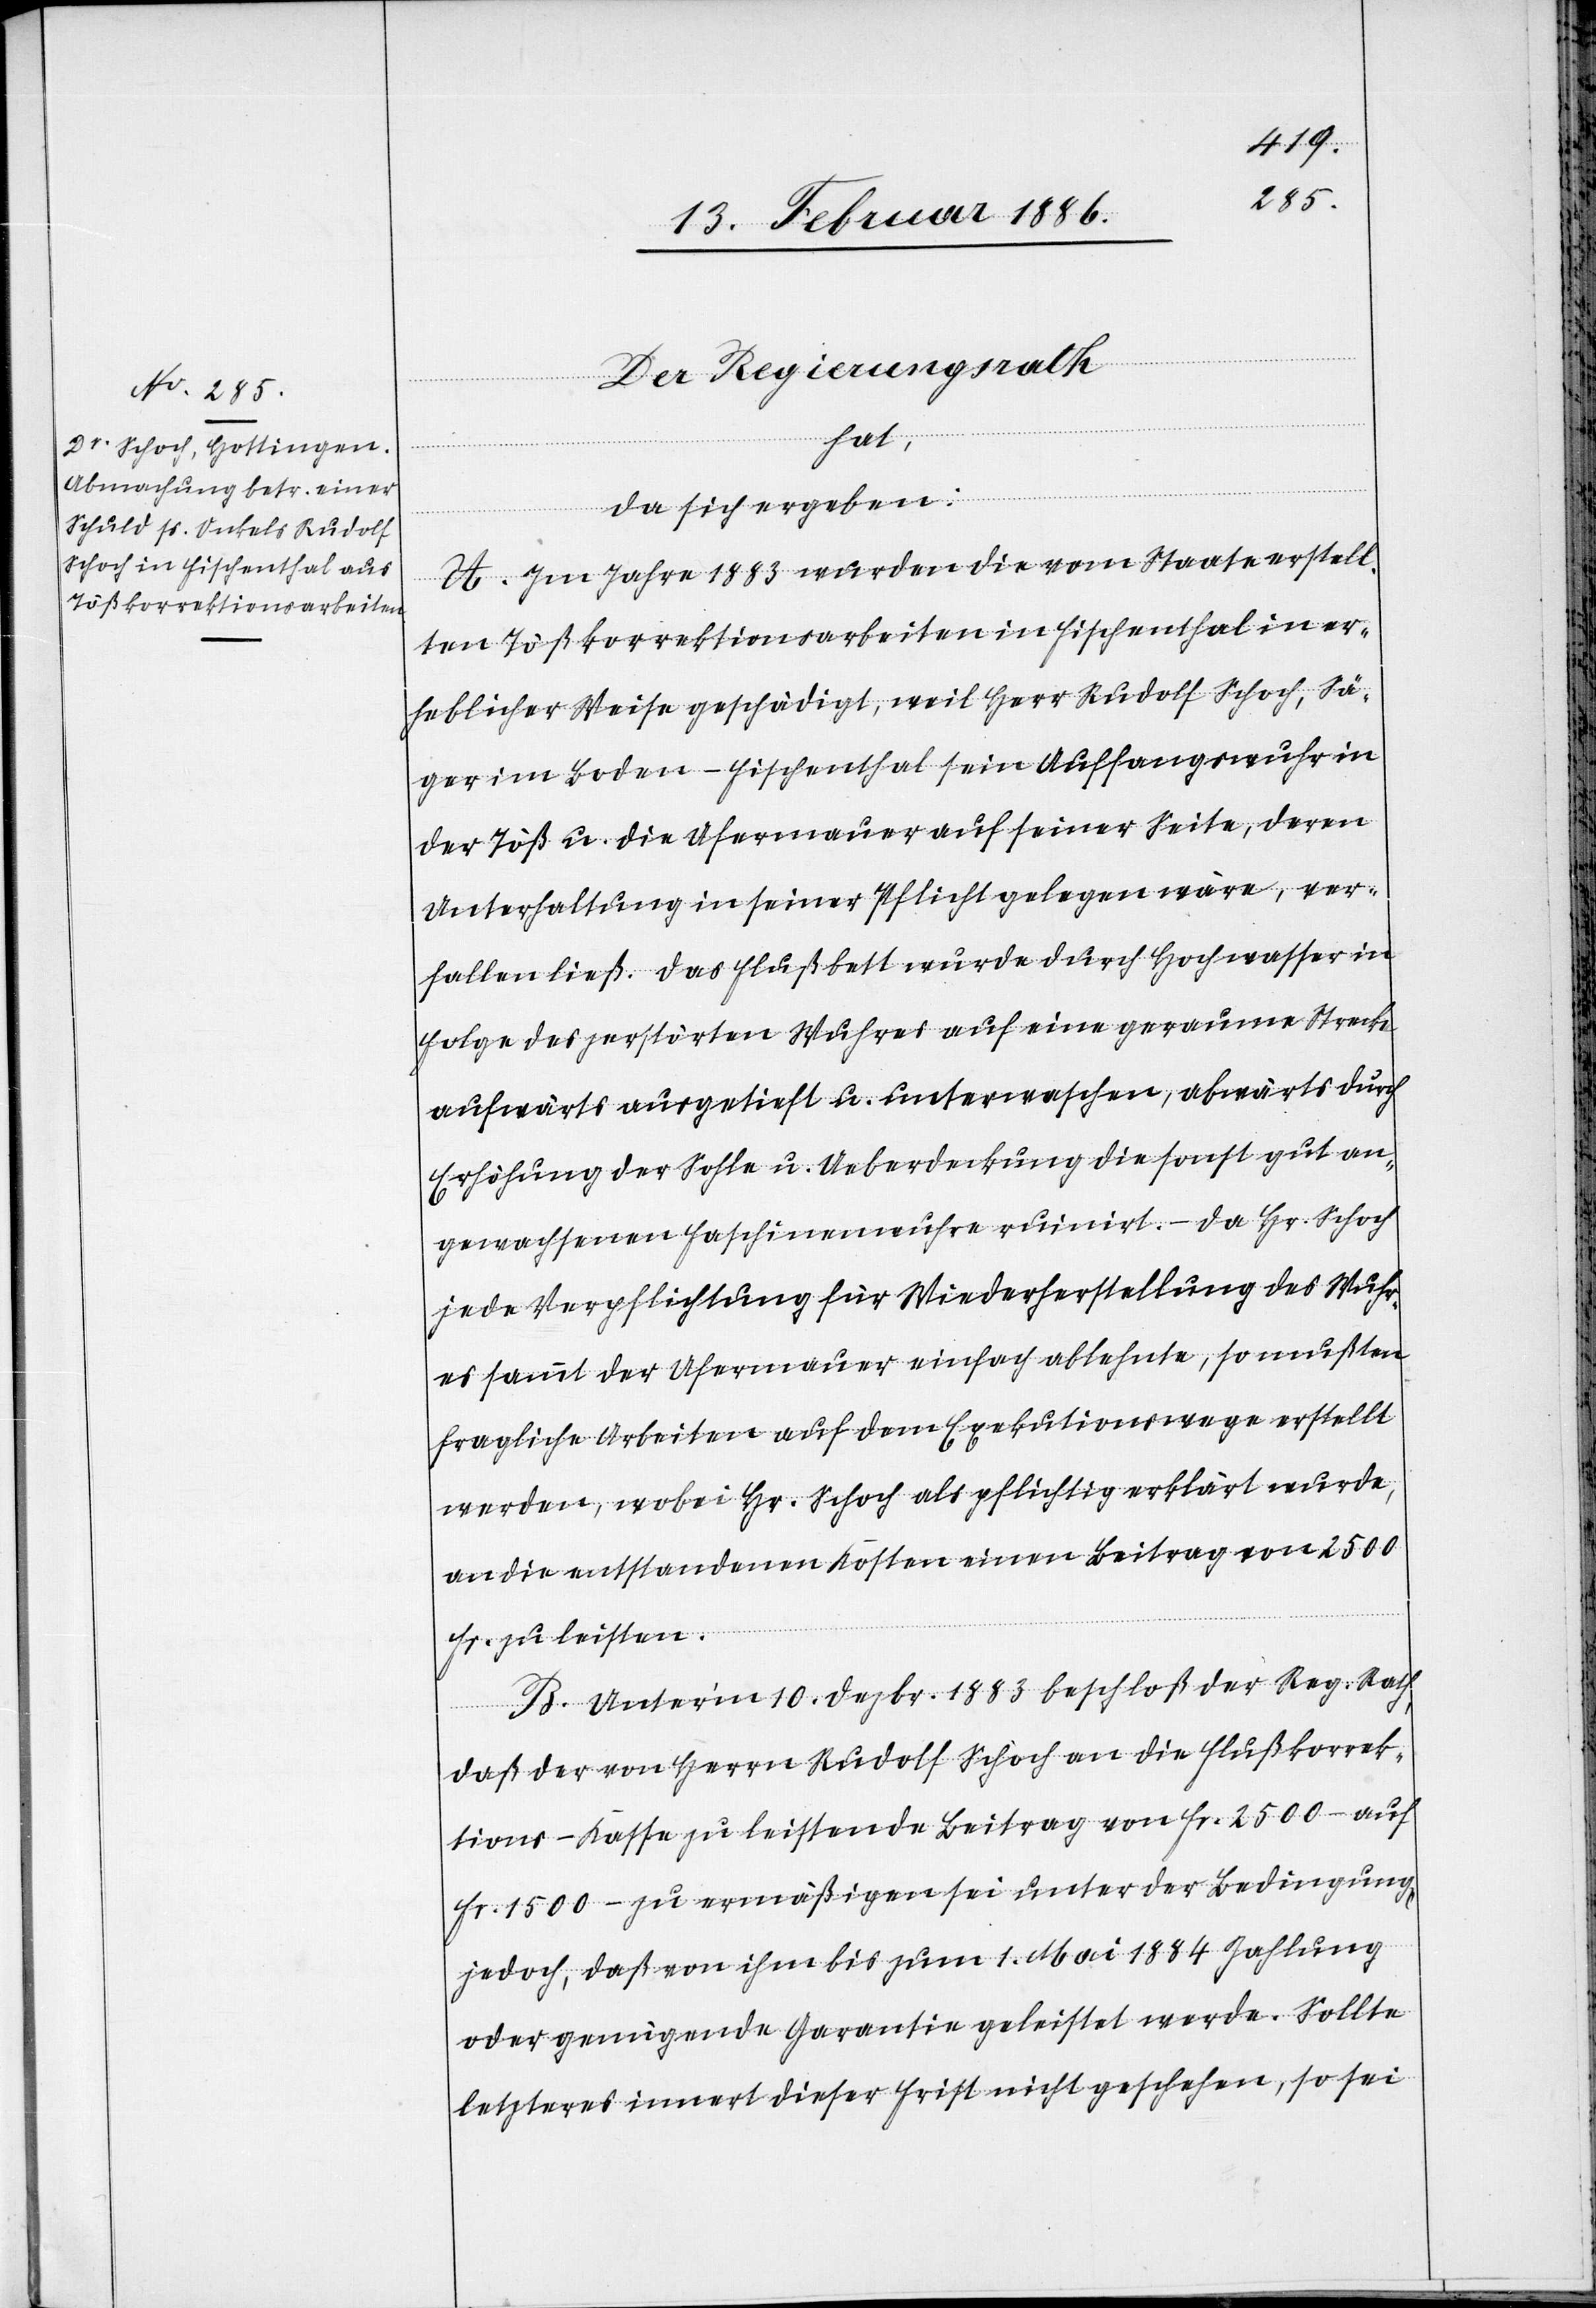
Der Regierungsrath
hat,
da sich ergeben:
A. Im Jahre 1883 wurden die vom Staate erstell¬
ten Tößkorrektionsarbeiten in Fischenthal in er¬
heblicher Weise geschädigt, weil Herr Rudolf Schoch, Sä¬
ger im Boden - Fischenthal sein Auffangswuhr in
der Töß u. die Ufermauer auf seiner Seite, deren
Unterhaltung in seiner Pflicht gelegen wäre, ver¬
fallen ließ. Das Flußbett wurde durch Hochwasser in
Folge des zerstörten Wuhres auf eine geraume Strecke
aufwärts ausgetieft u. unterwaschen, abwärts durch
Erhöhung der Sohle u. Ueberdeckung die sonst gut an¬
gewachsenen Faschinenwuhre ruinirt. – Da Hr. Schoch
jede Verpflichtung für Wiederherstellung des Wuhr¬
es sammt der Ufermauer einfach ablehnte, so mußten
fragliche Arbeiten auf dem Exekutionswege erstellt
werden, wobei Hr. Schoch als pflichtig erklärt wurde,
an die erstandenen Kosten einen Beitrag von 2500
Fr. zu leisten.
B. Unter’m 10. Dezbr. 1883 beschloß der Reg. Rath,
daß der von Herrn Rudolf Schoch an die Flußkorrek¬
tions-Kasse zu leistende Beitrag von Fr. 2500.– auf
Fr. 1500.– zu ermäßigen sei unter der Bedingung
jedoch, daß von ihm bis zum 1. Mai 1884 Zahlung
oder genügende Garantie geleistet werde. Sollte
letzteres innert dieser Frist nicht geschehen, so sei